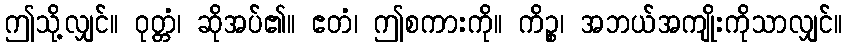
ဤသို့လျှင်။ ဝုတ္တံ၊ ဆိုအပ်၏။ ဧတံ၊ ဤစကားကို။ ကိဉ္စ၊ အဘယ်အကျိုးကိုသာလျှင်။